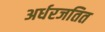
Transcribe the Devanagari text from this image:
अर्धरजतित